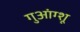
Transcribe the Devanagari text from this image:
गुआंग्शू